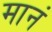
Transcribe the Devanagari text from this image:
मानं